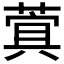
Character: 𮐖